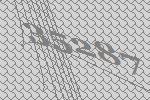
35287